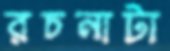
রচনাটা